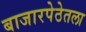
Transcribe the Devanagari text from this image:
बाजारपेठेतला